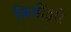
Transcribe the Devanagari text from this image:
किडींद्वारे